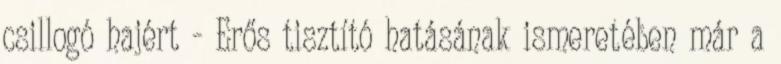
csillogó hajért - Erős tisztító hatásának ismeretében már a